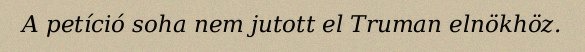
A petíció soha nem jutott el Truman elnökhöz.